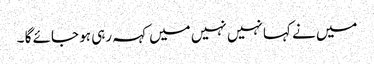
میں نے کہا نہیں نہیں میں کہہ رہی ہو جائے گا ۔